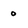
Character: 0